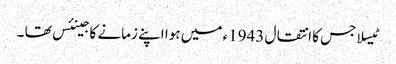
ٹیسلا جس کا انتقال 1943ء میں ہوا اپنے زمانے کا جینئس تھا ۔